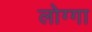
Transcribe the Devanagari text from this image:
लोग्गा